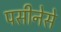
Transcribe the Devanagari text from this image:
पसीनेसे